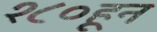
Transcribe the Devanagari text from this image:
१८०हून